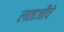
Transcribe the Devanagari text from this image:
लताजींचे